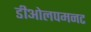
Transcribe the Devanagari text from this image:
डीओलपमनट